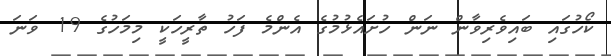
ކޯހުގައި ބައިވެރިވާން ނަން ހުށައެޅުމުގެ އެންމެ ފަހު ތާރީހަކީ މިމަހުގެ 19 ވަނަ